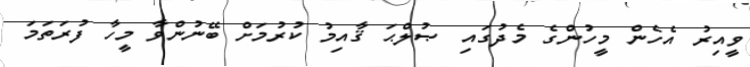
ވީއިރު އެހެން މީހުންގެ މެދުގައި ޞުލްޙަ ޤާއިމު ކުރުމަށް ބޭނުންވާ މީހާ ފުރަތަމަ